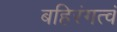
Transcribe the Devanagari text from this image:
बहिरंगत्वं